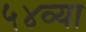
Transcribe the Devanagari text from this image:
५४व्या